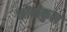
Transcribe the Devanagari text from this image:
कोबीकुल